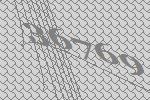
36769